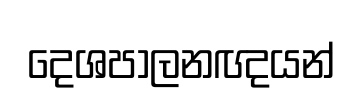
දෙශපාලනඥයන්